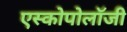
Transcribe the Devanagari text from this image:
एस्कोपोलॉजी